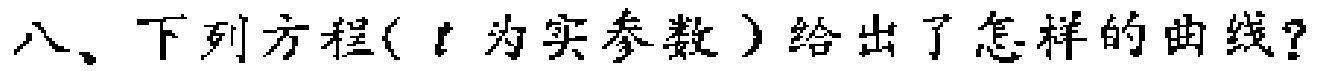
八、下列方程($t$为实参数) 给出了怎样的曲线？